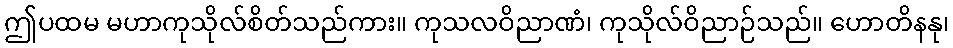
ဤပထမ မဟာကုသိုလ်စိတ်သည်ကား။ ကုသလဝိညာဏံ၊ ကုသိုလ်ဝိညာဉ်သည်။ ဟောတိနနု၊